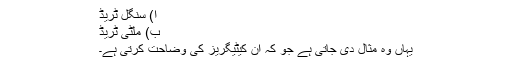
ا) سنگل ٹریڈ
ب) ملٹی ٹریڈ
یہاں وہ مثال دی جاتی ہے جو کہ ان کیٹیگریز کی وضاحت کرتی ہے۔